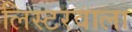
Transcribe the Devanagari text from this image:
लिस्टरवाला